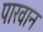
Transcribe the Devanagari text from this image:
पारवान